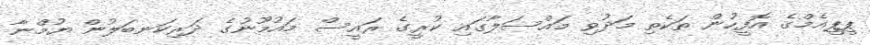
ޕީޕީއެމްގެ އޮފީހުން ތަކެތި މަދުވި މައްސަލާގައި ކުރީގެ ރައީސް މައުމޫނުގެ ދަރިކަނބަލުން ޔުމްނާ